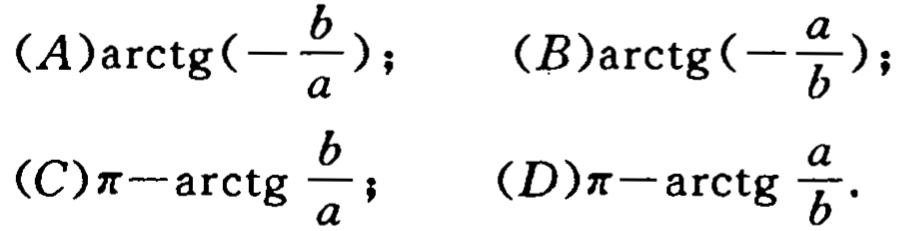
(A)$\text{arctg}(-\frac{b}{a})$;  (B)$\text{arctg}(-\frac{a}{b})$;
(C)$\pi - \text{arctg} \frac{b}{a}$;  (D)$\pi - \text{arctg} \frac{a}{b}$.